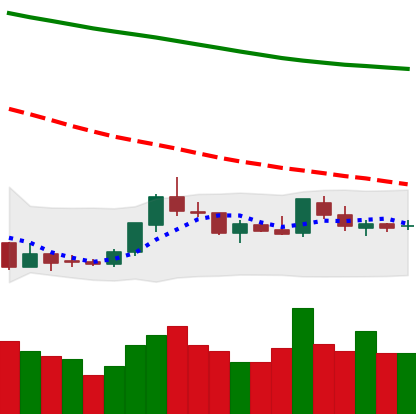
Ticker: LTC-USD
Chart end date: 2018-07-29
Forward return: -7.788%
Label: down_7plus